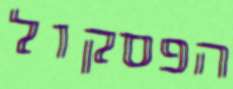
הפסקול